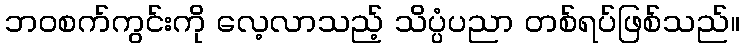
ဘဝစက်ကွင်းကို လေ့လာသည့် သိပ္ပံပညာ တစ်ရပ်ဖြစ်သည်။